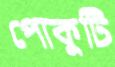
পোকুটি